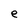
Character: e